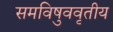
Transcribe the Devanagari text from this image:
समविषुववृतीय